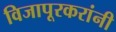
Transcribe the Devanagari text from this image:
विजापूरकरांनी